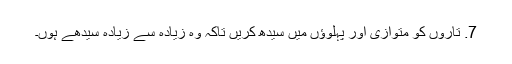
7. تاروں کو متوازی اور پہلوؤں میں سیدھ کریں تاکہ وہ زیادہ سے زیادہ سیدھے ہوں۔